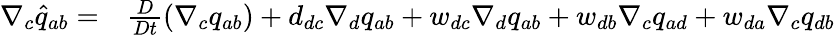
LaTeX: \begin{array}{rl}{\nabla_{c}\widehat{q}_{ab}=}&{{}\frac{D}{Dt}\left(\nabla_{c}q_{ab}\right)+d_{dc}\nabla_{d}q_{ab}+w_{dc}\nabla_{d}q_{ab}+w_{db}\nabla_{c}q_{ad}+w_{da}\nabla_{c}q_{db}}\end{array}